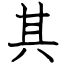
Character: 其